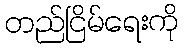
တည်ငြိမ်ရေးကို